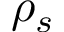
\rho _ { s }